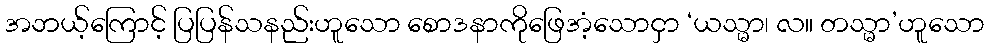
အဘယ့်ကြောင့် ပြပြန်သနည်းဟူသော စောဒနာကိုဖြေအံ့သောငှာ ‘ယသ္မာ၊ လ။ တသ္မာ’ဟူသော